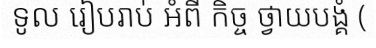
ទូល រៀបរាប់ អំពី កិច្ច ថ្វាយបង្គំ (